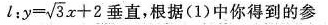
l:y=\sqrt{3}x+2垂直，根据（1）中你得到的参